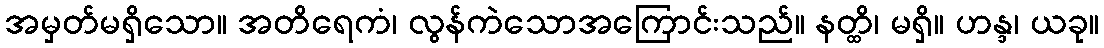
အမှတ်မရှိသော။ အတိရေကံ၊ လွန်ကဲသောအကြောင်းသည်။ နတ္ထိ၊ မရှိ။ ဟန္ဒ၊ ယခု။